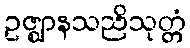
ဥဇ္ဈာနသညိသုတ္တံ